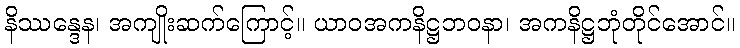
နိဿန္ဒေန၊ အကျိုးဆက်ကြောင့်။ ယာဝအကနိဋ္ဌဘဝနာ၊ အကနိဋ္ဌဘုံတိုင်အောင်။